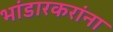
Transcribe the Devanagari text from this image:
भांडारकरांना